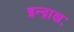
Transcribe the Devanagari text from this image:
इन्द्राक्षः